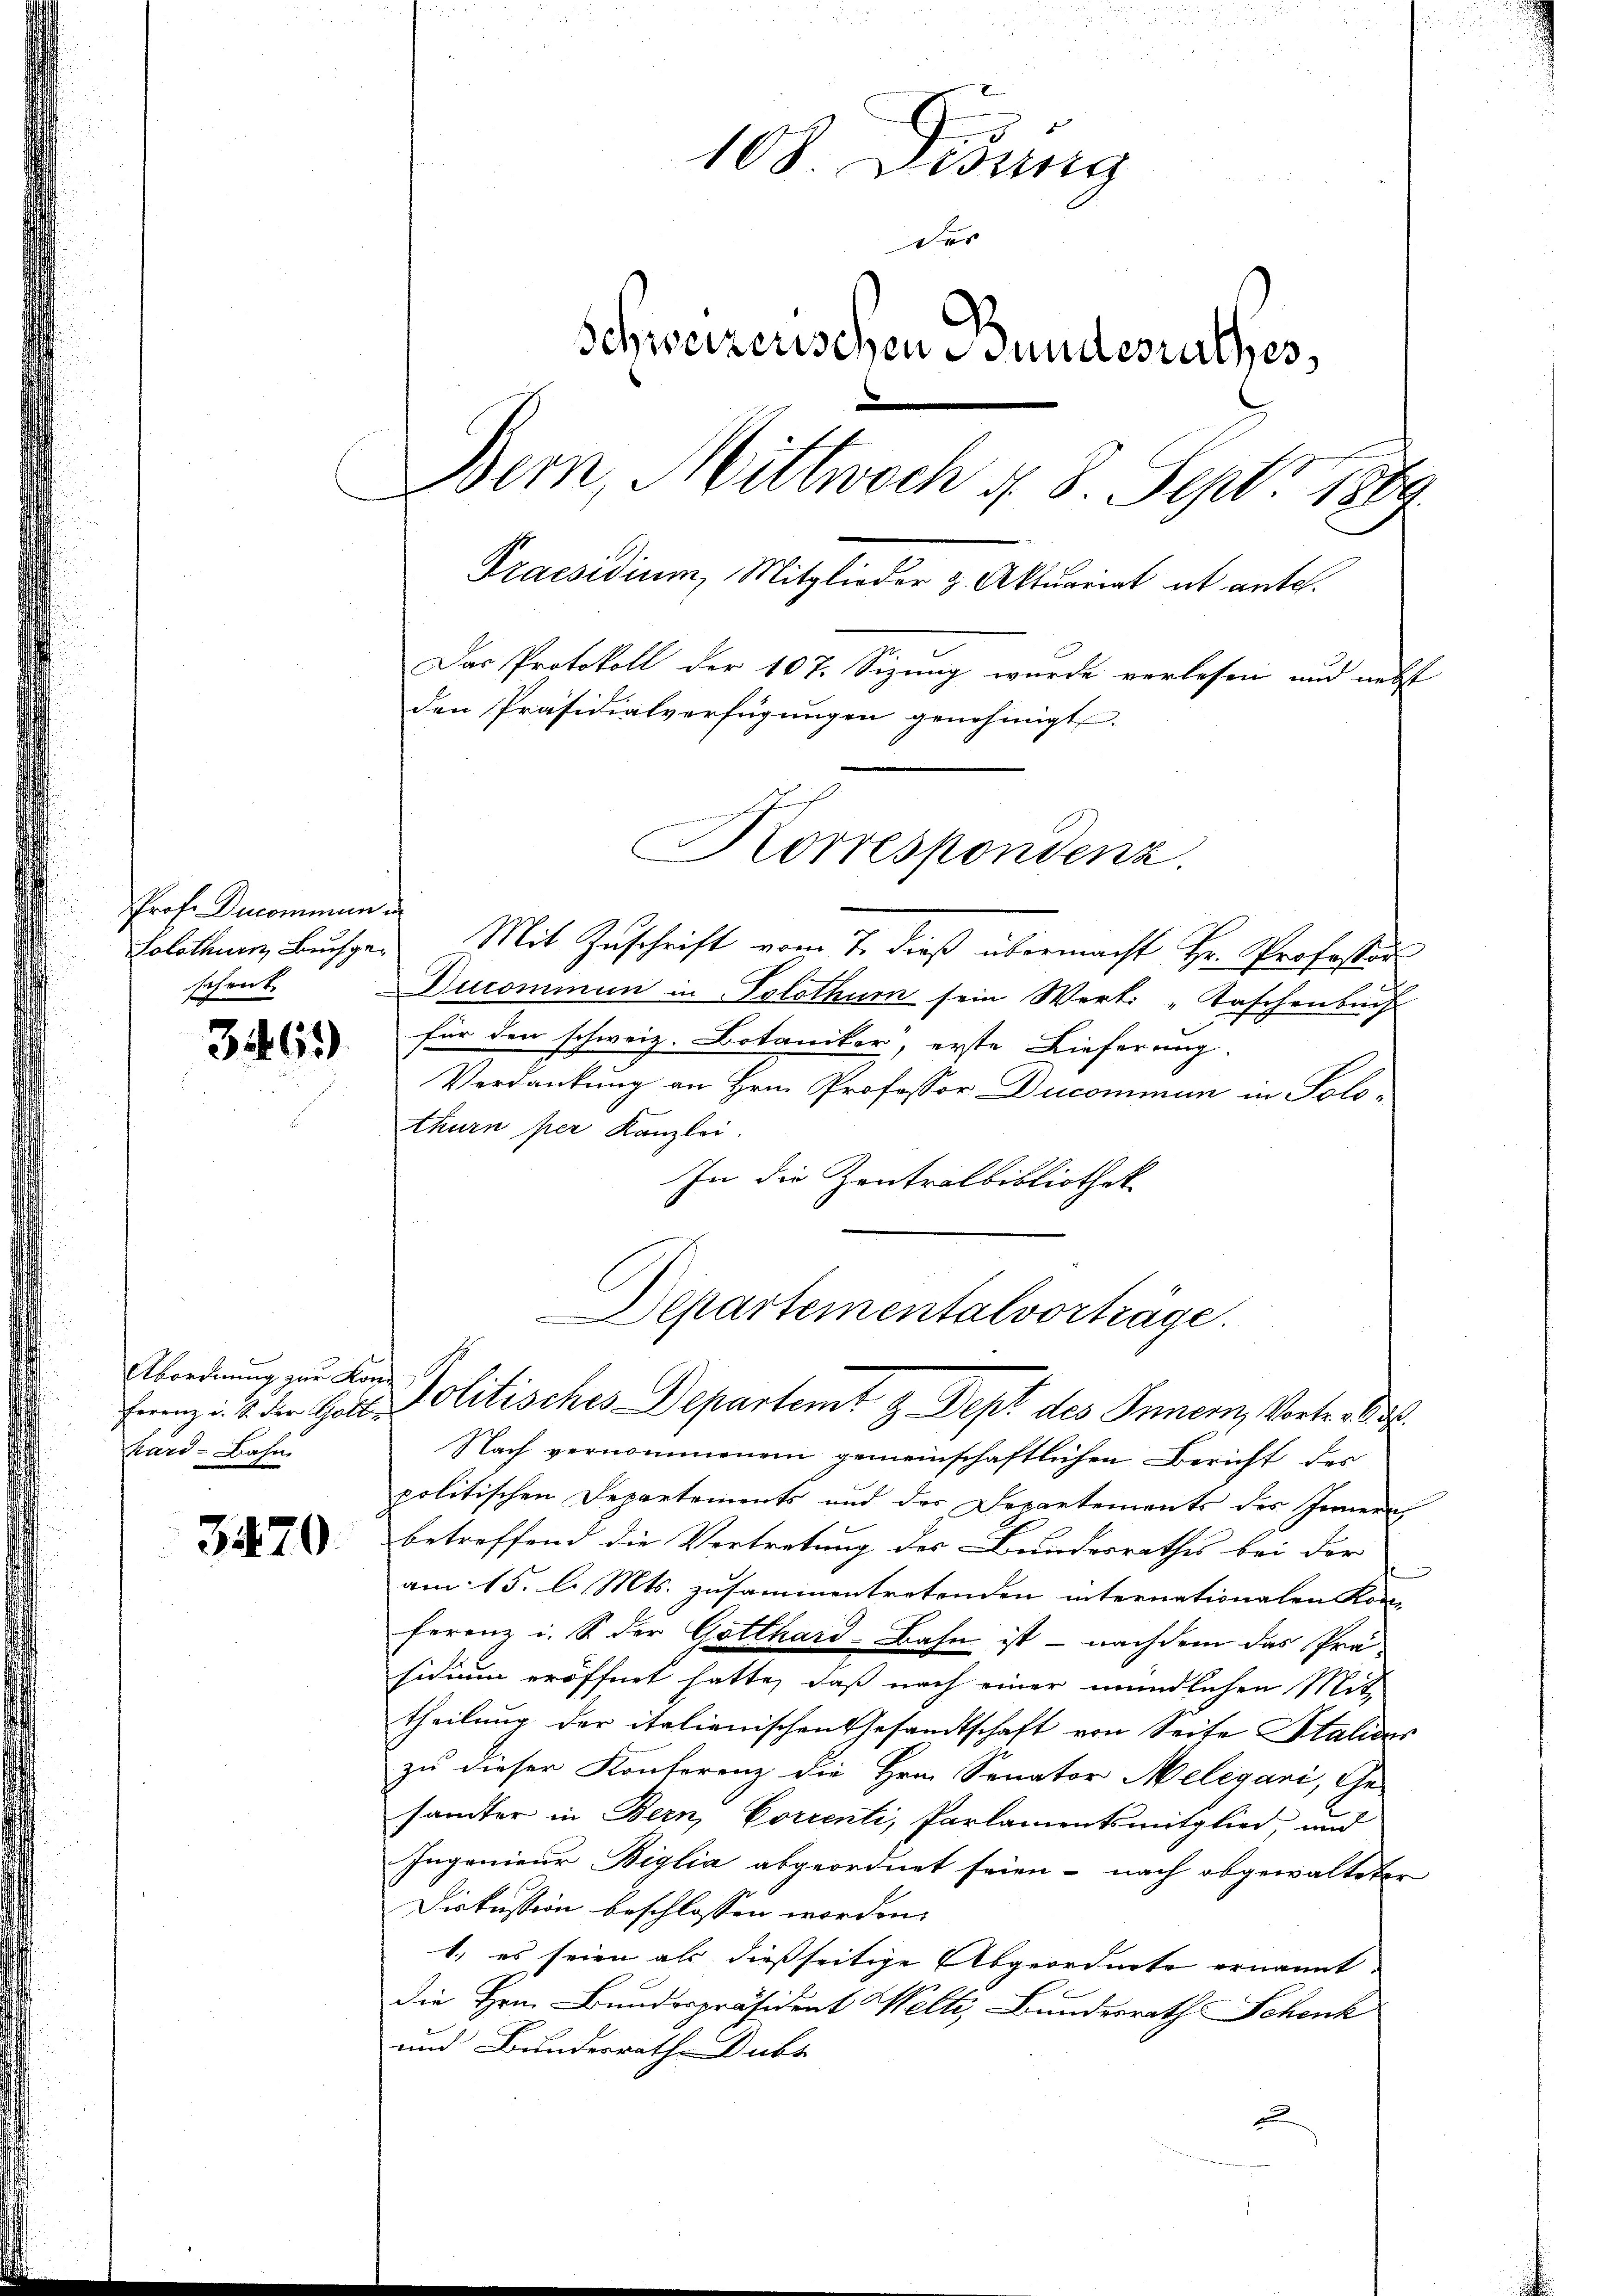
Prof. Decommun
schent.

3469)

Ferenz u. S. der Gott
kard-Bahn

3470

108. Disung
Das
Schweizerischen Bundesrathes,
.
Bem, Mittwoch d. 8. Sept. 1889.
Praesidium, Mitglieder & Aktuariat et antel.
Das Protokoll der 107. Sizung wurde verlesen und nebst
den Präsidialverfügungen genehmigt.

Korrespondenz.

Solothum Buchge- Mit Zuschrift vom 7. dieß übermacht Hr. Professor
Ducommun in Solothum sein Wert: „Taschenbuch
für den schweiz. Botaniker, erste Lieferung.
Verdankung an Hrn. Professor Ducommun in Polothurn per Kanzlei.
In die Zentralbibliothek
Nach vernommenem gemeinschaftlichen Bericht des
politischen Departements und der Departements des Innern
betreffend die Vertretung des Bundesrathes bei der
am 15. l. Mts. zusammentretenden internationalen Kon-
ferenz i. S. der Gotthard-Bahn ist – nachdem das Präsidium eröffnet hatte, daß nach einer mündlichen Mit-
theilung der italienischen Gesandtschaft von Seite Stations
zu dieser Konferenz die Hrn. Senator Melegari, Ge-
händter in Bern, Correnti, Parlamentsmitglied, und
Ingenieur Biglia abgeordnet seien - nach abgewalteter
Diskussion beschlossen worden.
1., es seien als dießseitige Abgeordnete ernannt
die Hrn. Bundespräsident Welti, Bundesrath Schenk
und Bundesrath Dubs
c

Departementalvorträge.
Abordnung zu Karl Politisches Departemt z. Dept des Innern, Vortrag